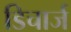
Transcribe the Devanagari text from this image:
डिचार्ज